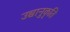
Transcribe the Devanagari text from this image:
उच्चानुकृति